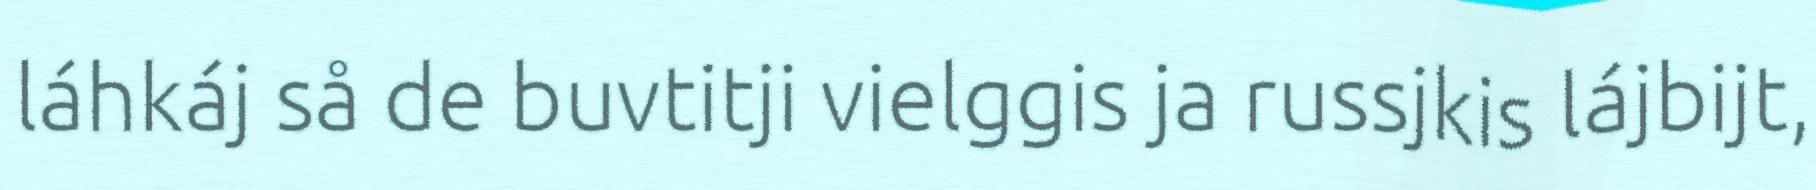
láhkáj så de buvtitji vielggis ja russjkis lájbijt,